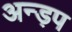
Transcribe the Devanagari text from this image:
अन्ड़प